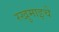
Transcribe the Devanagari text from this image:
रखुमाइचे